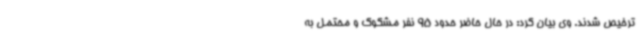
ترخیص شدند. وی بیان کرد: در حال حاضر حدود 95 نفر مشکوک و محتمل به